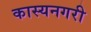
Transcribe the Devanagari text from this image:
कास्यनगरी